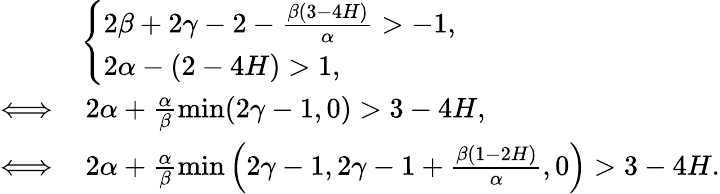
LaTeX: \begin{array}{rl}&{\left\{ \begin{array}{ll}{2\beta+2\gamma-2-\frac{\beta(3-4H)}{\alpha}>-1,}\\ {2\alpha-(2-4H)>1,}\end{array}\right.}\\ {\Longleftrightarrow}&{\, 2\alpha+\frac{\alpha}{\beta}\operatorname*{min}(2\gamma-1,0)>3-4H,}\\ {\Longleftrightarrow}&{\, 2\alpha+\frac{\alpha}{\beta}\operatorname*{min}\left(2\gamma-1,2\gamma-1+\frac{\beta(1-2H)}{\alpha},0\right)>3-4H.}\end{array}